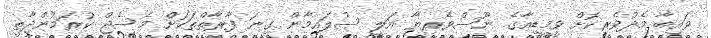
ވައިބާ މެދުވެރިކޮށް ވީމީޑިއާގެ ނޫސްވެރިޔާ އަލީ ސުލައިމާން ގިނަ ފާރާތްތަކަށް މެސެޖް ކުރަމުންދާތީ